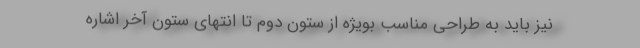
نیز باید به طراحی مناسب بویژه از ستون دوم تا انتهای ستون آخر اشاره